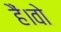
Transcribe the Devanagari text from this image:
हैं।वो